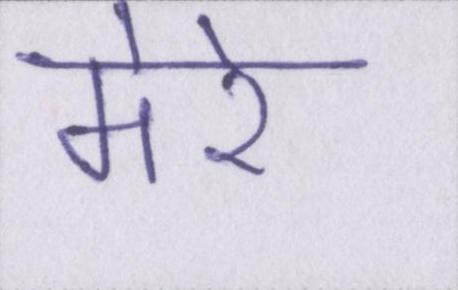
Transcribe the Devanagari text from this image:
मेरे